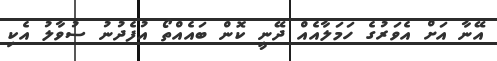
އޭނާ އަށް އެވަރުގެ ހަމަލާއެއް ދޭނީ ކޮން ބައެއްތޯ އުފެދުނު ސުވާލު އެކި